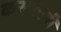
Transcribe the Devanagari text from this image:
करवाएगी